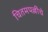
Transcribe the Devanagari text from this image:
चितमपल्लींचे